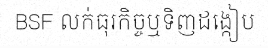
BSF លក់ធុរកិច្ចឬទិញដង្កៀប